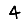
Digit: 4